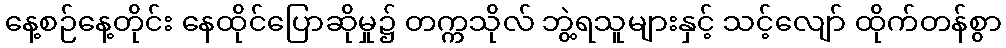
နေ့စဉ်နေ့တိုင်း နေထိုင်ပြောဆိုမှု၌ တက္ကသိုလ် ဘွဲ့ရသူများနှင့် သင့်လျော် ထိုက်တန်စွာ